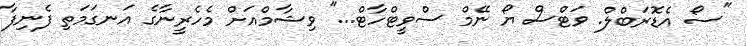
"ސޯ އެޑޮރަބްލް. ވަޓްސް ޔޯ ނޭމް ސްވީޓްހާޓް..." ވިޝާމްއަށް މެހެރީނާގެ އަނގަމަތި ފެނިފާ